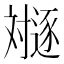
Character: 𬩛